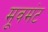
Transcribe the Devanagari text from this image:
मूवमंट